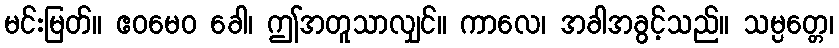
မင်းမြတ်။ ဧဝမေဝ ခေါ၊ ဤအတူသာလျှင်။ ကာလေ၊ အခါအခွင့်သည်။ သမ္ပတ္တေ၊